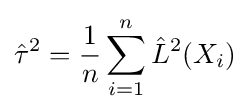
{\hat {\tau }}^{2}={\frac {1}{n}}\sum _{i=1}^{n}{\hat {L}}^{2}(X_{i})